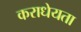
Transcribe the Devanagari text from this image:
कराधेयता